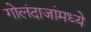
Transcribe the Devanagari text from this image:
गोलंदाजांमध्ये